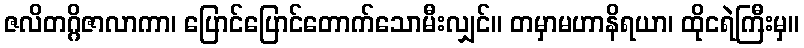
ဇလိတဂ္ဂိဇာလာကာ၊ ပြောင်ပြောင်တောက်သောမီးလျှင်။ တမှာမဟာနိရယာ၊ ထိုငရဲကြီးမှ။